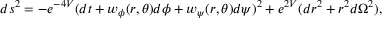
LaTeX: d s ^ { 2 } = - e ^ { - 4 V } ( d t + w _ { \phi } ( r , \theta ) d \phi + w _ { \psi } ( r , \theta ) d \psi ) ^ { 2 } + e ^ { 2 V } ( d r ^ { 2 } + r ^ { 2 } d \Omega ^ { 2 } ) ,